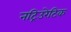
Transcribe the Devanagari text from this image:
नट्रिउरेटिक